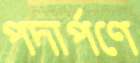
পদার্পণে